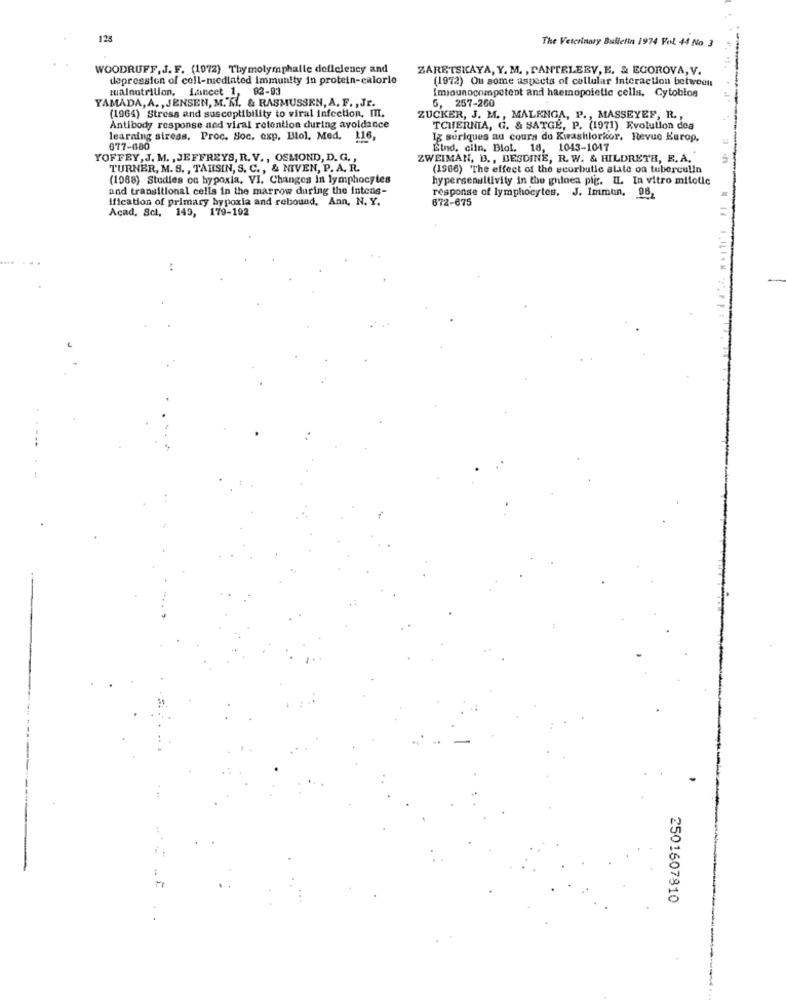
123
The Veterinary Bulletin 1974 Pol 44 No. 3
WOODRUFF, J. F. (1972) Thymolymphalle delleleney and
ZARETSKAYA, Y. M. , PANTELEEV, E. & EGOROVA, V.
depression of cell-mediated immunity in protein-calorie
(1972) Ou some aspects of cellular interaction between
malnutrition. Lancet 1, 82-93
YAMADA, A. , JENSEN, M. K. & RASMUSSEN, A. F. , Jr.
[miounocompetent and haemopoietic cells, Cytoblog
5, 257-260
(1964) Stress and susceptibility to viral infection. IT.
ZUCKER, J. M ., MALENGA, P ., MASSEYEF, R .,
Antibody response and viral retention during avoldance
TCHERNIA, G. & SATGE, P. (1971) Evolution dea
learning stress, Proc. Soc. exp. Blol. Med. 116,
Ig surlques au cours du Kwashlorkor, Revue Kurop.
677-680
Elnd. ciln, Blot. 18, 1043-1047
YOFFEY, J. M. , JEFFREYS, R. V ., OSMOND, D. G. ,
ZWEIMAN, D ., BESDINE, R. W. & HILDRETH, E. A.
TURNER, M. S. , TAHSIN, S. C ., & NIVEN, P. A. R.
(1966) The effect of the scorbutic alate on tuberculin
(1068) Studies on hypoxia. VI. Changes In lymphocytes
hypersensitivity in the guinea pig. I. In vitro mitotic
and transitional cells in the marrow during the intens-
response of lymphocytes. J. Immun, 06
Ification of primary hypoxia and rebound, Ann, N. Y.
672-675
Acad. Scl. 149, 179-192
2501607810